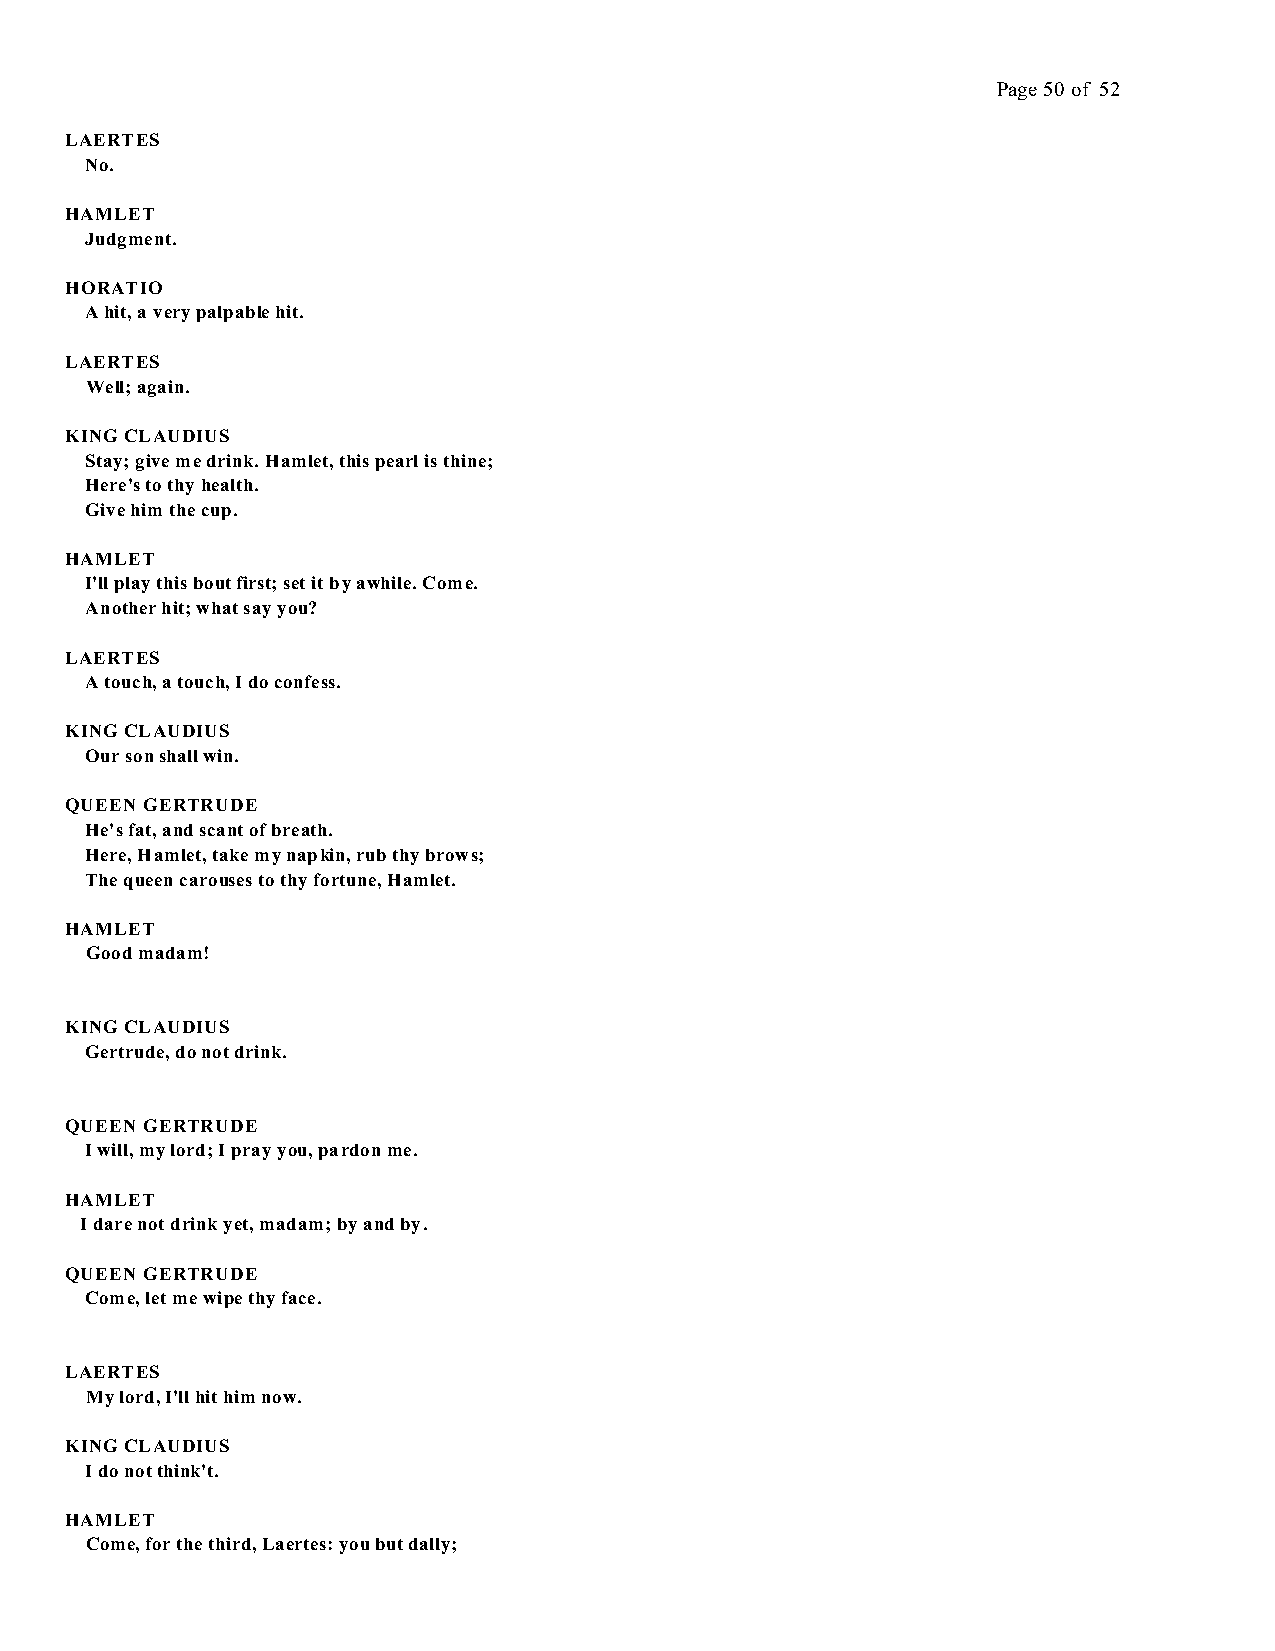
Page 50 of 52
 LAERTES
 No.
 HAMLET
 Judgment.
 HORATIO
 A hit, a very palpable hit.
 LAERTES
 Well; again.
 KING CLAUDIUS
 Stay; give me drink. Hamlet, this pearl is thine;
 Here's to thy health.
 Give him the cup.
 HAMLET
 I'll play this bout first; set it by awhile. Come.
 Another hit; what say you?
 LAERTES
 A touch, a touch, I do confess.
 KING CLAUDIUS
 Our son shall win.
 QUEEN GERTRUDE
 He's fat, and scant of breath.
 Here, Hamlet, take my napkin, rub thy brows;
 The queen carouses to thy fortune, Hamlet.
 HAMLET
 Good madam!
 KING CLAUDIUS
 Gertrude, do not drink.
 QUEEN GERTRUDE
 I will, my lord; I pray you, pardon me.
 HAMLET
 I dare not drink yet, madam; by and by.
 QUEEN GERTRUDE
 Come, let me wipe thy face.
 LAERTES
 My lord, I'll hit him now.
 KING CLAUDIUS
 I do not think't.
 HAMLET
 Come, for the third, Laertes: you but dally;